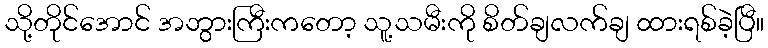
သို့တိုင်အောင် အဘွားကြီးကတော့ သူ့သမီးကို စိတ်ချလက်ချ ထားရစ်ခဲ့ပြီ။